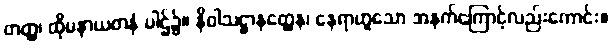
တတ္ထ၊ ထိုမနာယတနံ ပါဌ်၌။ နိဝါသဋ္ဌာနတ္ထေန၊ နေရာဟူသော အနက်ကြောင့်လည်းကောင်း။